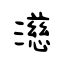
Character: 濨